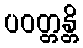
ပဝတ္တန္တိ